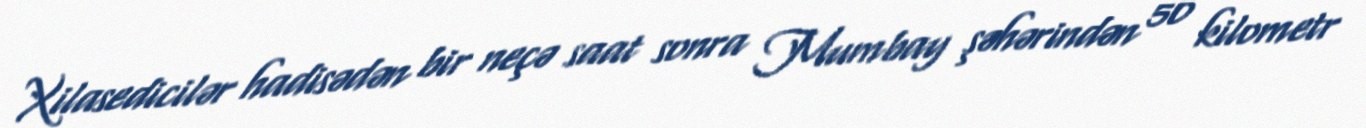
Xilasedicilər hadisədən bir neçə saat sonra Mumbay şəhərindən 50 kilometr